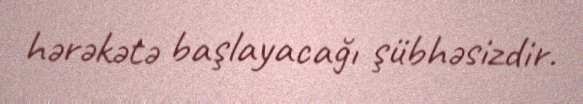
hərəkətə başlayacağı şübhəsizdir.